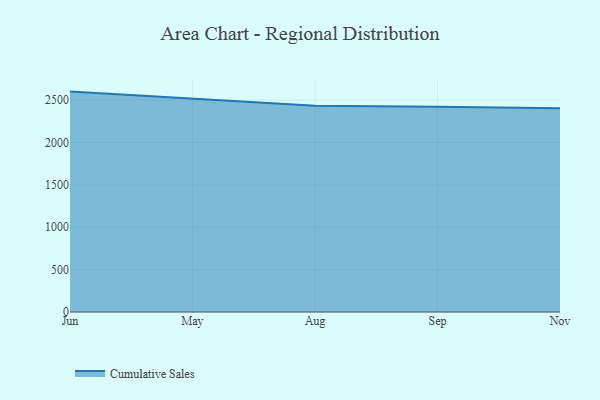
{"axis": {"x": "Month", "y": "Tickets Resolved"}, "legend": ["Cumulative Sales"], "data": [{"x": "Jun", "y": 2600.2, "type": "Cumulative Sales"}, {"x": "May", "y": 2520.5, "type": "Cumulative Sales"}, {"x": "Aug", "y": 2433.2, "type": "Cumulative Sales"}, {"x": "Sep", "y": 2422.3, "type": "Cumulative Sales"}, {"x": "Nov", "y": 2402.4, "type": "Cumulative Sales"}]}